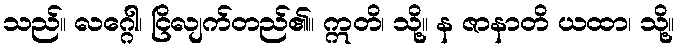
သည်။ လဂ္ဂေါ၊ ငြိလျက်တည်၏။ ဣတိ၊ သို့။ န ဇာနာတိ ယထာ၊ သို့။